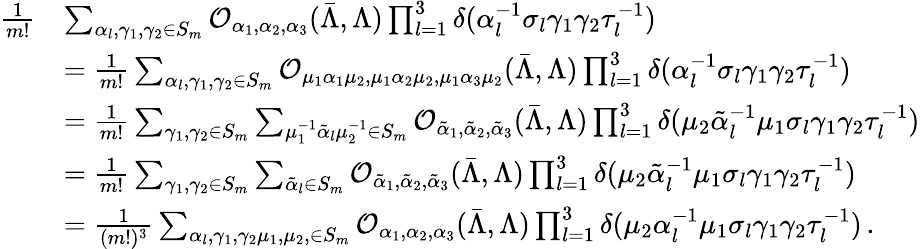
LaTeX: \begin{array}{rl}{\frac{1}{m!}}&{\sum_{\alpha_{l},\gamma_{1},\gamma_{2}\in S_{m}}\mathcal{O}_{\alpha_{1},\alpha_{2},\alpha_{3}}(\bar{\Lambda},\Lambda)\prod_{l=1}^{3}\delta(\alpha_{l}^{-1}\sigma_{l}\gamma_{1}\gamma_{2}\tau_{l}^{-1})}\\ &{=\frac{1}{m!}\sum_{\alpha_{l},\gamma_{1},\gamma_{2}\in S_{m}}\mathcal{O}_{\mu_{1}\alpha_{1}\mu_{2},\mu_{1}\alpha_{2}\mu_{2},\mu_{1}\alpha_{3}\mu_{2}}(\bar{\Lambda},\Lambda)\prod_{l=1}^{3}\delta(\alpha_{l}^{-1}\sigma_{l}\gamma_{1}\gamma_{2}\tau_{l}^{-1})}\\ &{=\frac{1}{m!}\sum_{\gamma_{1},\gamma_{2}\in S_{m}}\sum_{\mu_{1}^{-1}\tilde{\alpha}_{l}\mu_{2}^{-1}\in S_{m}}\mathcal{O}_{\tilde{\alpha}_{1},\tilde{\alpha}_{2},\tilde{\alpha}_{3}}(\bar{\Lambda},\Lambda)\prod_{l=1}^{3}\delta(\mu_{2}\tilde{\alpha}_{l}^{-1}\mu_{1}\sigma_{l}\gamma_{1}\gamma_{2}\tau_{l}^{-1})}\\ &{=\frac{1}{m!}\sum_{\gamma_{1},\gamma_{2}\in S_{m}}\sum_{\tilde{\alpha}_{l}\in S_{m}}\mathcal{O}_{\tilde{\alpha}_{1},\tilde{\alpha}_{2},\tilde{\alpha}_{3}}(\bar{\Lambda},\Lambda)\prod_{l=1}^{3}\delta(\mu_{2}\tilde{\alpha}_{l}^{-1}\mu_{1}\sigma_{l}\gamma_{1}\gamma_{2}\tau_{l}^{-1})}\\ &{=\frac{1}{(m!)^{3}}\sum_{\alpha_{l},\gamma_{1},\gamma_{2}\mu_{1},\mu_{2},\in S_{m}}\mathcal{O}_{\alpha_{1},\alpha_{2},\alpha_{3}}(\bar{\Lambda},\Lambda)\prod_{l=1}^{3}\delta(\mu_{2}\alpha_{l}^{-1}\mu_{1}\sigma_{l}\gamma_{1}\gamma_{2}\tau_{l}^{-1})\, .}\end{array}